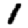
Digit: 1